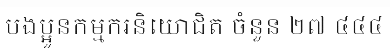
បងប្អូនកម្មករនិយោជិត ចំនួន ២៧ ៤៤៤